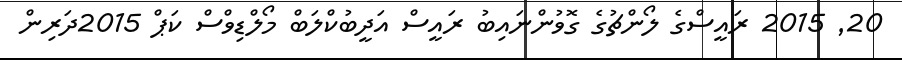
20